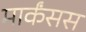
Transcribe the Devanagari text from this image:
मार्कंसस